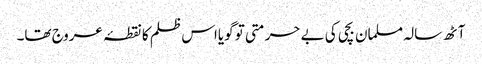
آٹھ سالہ مسلمان بچی کی بے حرمتی تو گویااس ظلم کا نقطۂ عروج تھا۔